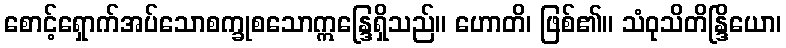
စောင့်ရှောက်အပ်သောစက္ခုစသောဣန္ဒြေရှိသည်။ ဟောတိ၊ ဖြစ်၏။ သံဝုသိတိန္ဒြိယော၊